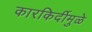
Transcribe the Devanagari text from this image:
कारकिर्दीमुळे